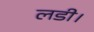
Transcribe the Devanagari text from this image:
लडी।